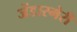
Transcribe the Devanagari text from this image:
जेंडारमेरी